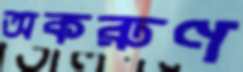
অকরুণ